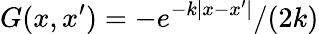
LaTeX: G(x,x^{\prime})=-e^{-k|x-x^{\prime}|}/(2k)